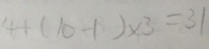
4 + ( 1 0 - 1 ) \times = 3 1